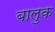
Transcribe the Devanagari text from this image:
बालुक